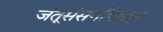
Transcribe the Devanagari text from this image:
जंतूसंसर्गापासून